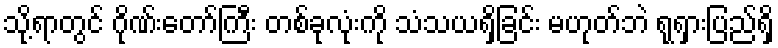
သို့ရာတွင် ဂိုဏ်းတော်ကြီး တစ်ခုလုံးကို သံသယရှိခြင်း မဟုတ်ဘဲ ရုရှားပြည်ရှိ